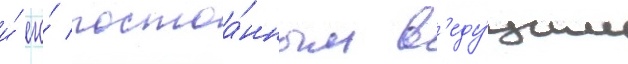
и́ его́ постоа́нным в'еду́щим